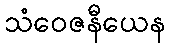
သံဝေဇနီယေန